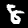
Label: 8